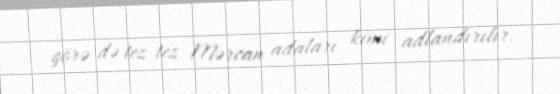
görə də tez-tez Mərcan adaları kimi adlandırılır.